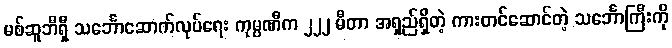
မစ်ဆူဘီရှီ သင်္ဘောဆောက်လုပ်ရေး ကုမ္ပဏီက ၂၂၂ မီတာ အရှည်ရှိတဲ့ ကားတင်ဆောင်တဲ့ သင်္ဘောကြီးကို